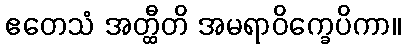
ဧတေသံ အတ္ထီတိ အမရာဝိက္ခေပိကာ။